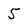
Character: 5